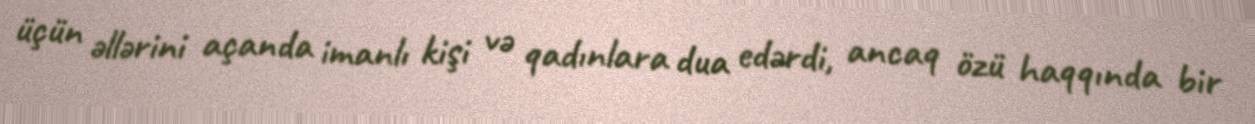
üçün əllərini açanda imanlı kişi və qadınlara dua edərdi, ancaq özü haqqında bir